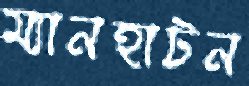
ম্যানহাটন